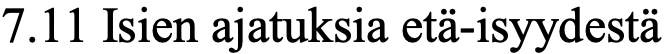
7.11 Isien ajatuksia etä-isyydestä